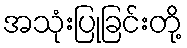
အသုံးပြုခြင်းတို့